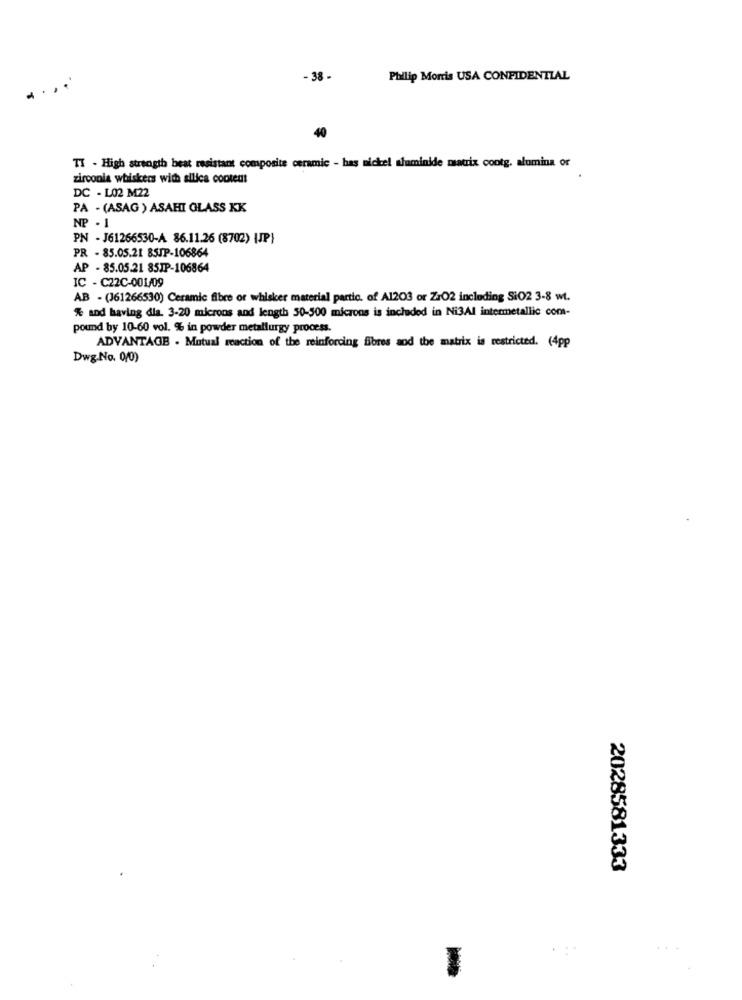
- 38 -
Philip Morris USA CONFIDENTIAL
40
TI - High strength beat resistant composite ceramic - has nickel aluminide matrix contg. alumina or
zirconia whiskers with silica content
DC - L02 M22
PA - (ASAG ) ASAHI GLASS KK
NP - 1
PN - J61266530-A 86.11.26 (8702) |JP}
PR - 85.05.21 85JP-106864
AP - 85.05.21 85IP-106864
IC - C22C-001/09
AB - (J61266530) Ceramic fibre or whisker material partic. of A1203 or ZrO2 including Si02 3-8 wt.
% and having dia. 3-20 microns and length 50-500 microns is included in Ni3Al intermetallic com-
pound by 10-60 vol. % in powder metallurgy process.
ADVANTAGE - Mutual reaction of the reinforcing fibres and the matrix is restricted. (4pp
Dwg.No. 0/0)
2028581333